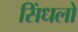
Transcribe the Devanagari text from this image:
सिंधलो